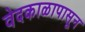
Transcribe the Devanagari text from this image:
वेदकाळापासून